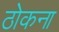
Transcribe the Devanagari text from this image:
ठोकना